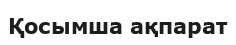
Қосымша ақпарат